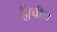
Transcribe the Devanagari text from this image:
हैं।चीन